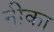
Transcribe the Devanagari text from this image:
नीका